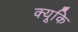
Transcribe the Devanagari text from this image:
क्यूकि